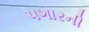
પગારની